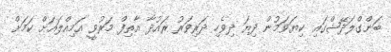
ބަންގްލަދޭޝްގައި ކިޔަވަމުން ދިޔަ ދިވެހި ދަރިވަރު ރައުދާ އާތިފް މަރުވީ އަމިއްލައަށް ކަމަށް